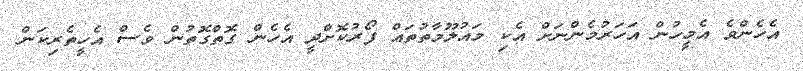
އެހެންވެ އެމީހުން އަހަރުމެންނަށް އެކި މައުލޫމާތުތައް ފޯރުކޮށްދީ އެހެން ގޮތްގޮތުން ވެސް އެހީތެރިކަން